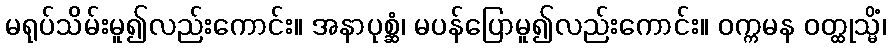
မရုပ်သိမ်းမူ၍လည်းကောင်း။ အနာပုစ္ဆံ၊ မပန်ပြောမူ၍လည်းကောင်း။ ဝက္ကမန ဝတ္ထုသ္မိံ၊